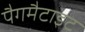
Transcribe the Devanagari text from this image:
पैगमैटाइट